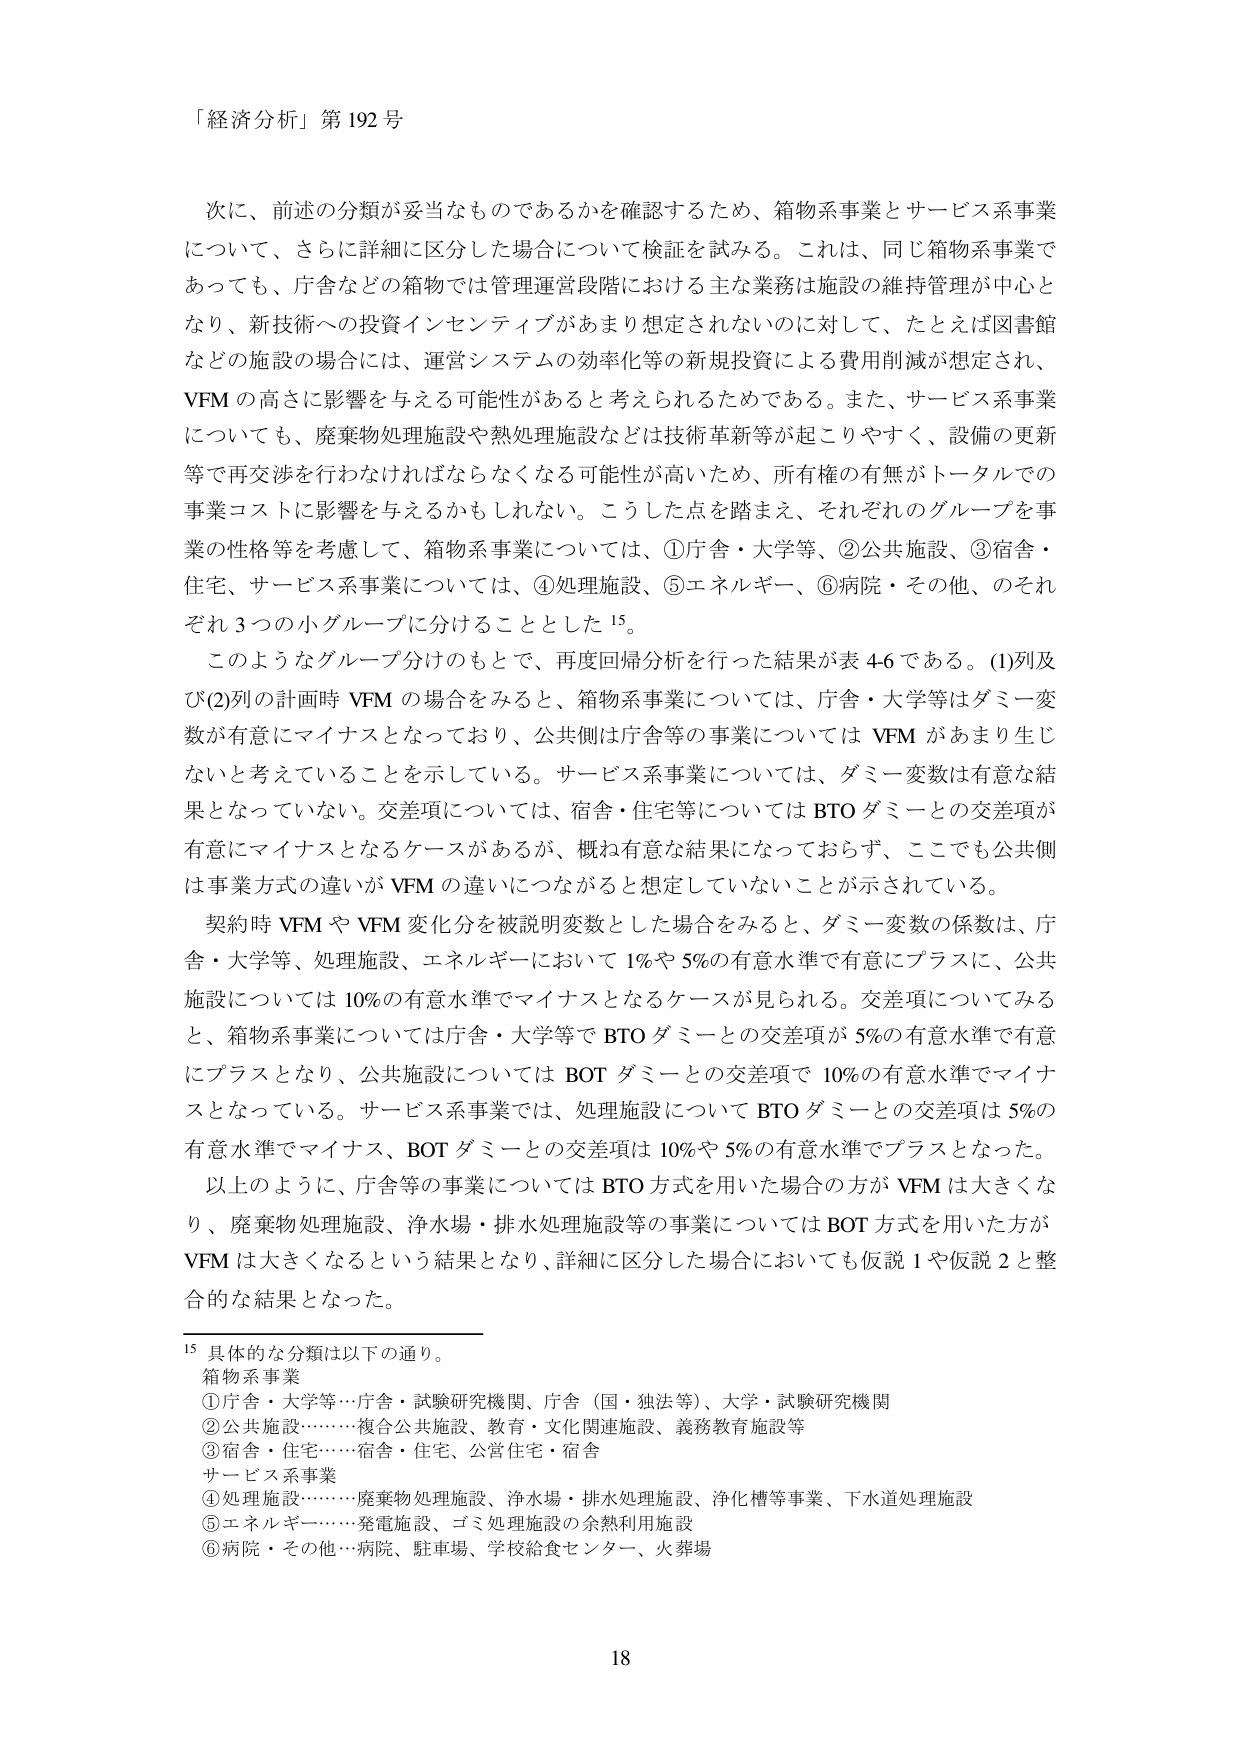
「経済分析」第192号

次に、前述の分類が妥当なものであるかを確認するため、箱物系事業とサービス系事業について、さらに詳細に区分した場合について検証を試みる。これは、同じ箱物系事業であっても、庁舎などの箱物では管理運営段階における主な業務は施設の維持管理が中心となり、新技術への投資インセンティブがあまり想定されないのに対して、たとえば図書館などの施設の場合には、運営システムの効率化等の新規投資による費用削減が想定され、VFMの高さに影響を与える可能性があると考えられるためである。また、サービス系事業についても、廃棄物処理施設や熱処理施設などは技術革新等が起こりやすく、設備の更新等で再交渉を行わなければならないなる可能性が高いため、所有権の有無がトータルでの事業コストに影響を与えるかもしれない。こうした点を踏まえ、それぞれのグループを事業の性格等を考慮して、箱物系事業については、①庁舎・大学等、②公共施設、③宿舎・住宅、サービス系事業については、④処理施設、⑤エネルギー、⑥病院・その他、のそれぞれ3つの小グループに分けることとした¹⁵。

このようなグループ分けのもとで、再度回帰分析を行った結果が表4-6である。(1)列及び(2)列の計画時VFMの場合をみると、箱物系事業については、庁舎・大学等はダミー変数が有意にマイナスとなっており、公共側は庁舎等の事業についてはVFMがあまり生じないと考えていることを示している。サービス系事業については、ダミー変数は有意な結果となっていない。交差項については、宿舎・住宅等についてはBTOダミーとの交差項が有意にマイナスとなるケースがあるが、概ね有意な結果になっておらず、ここでも公共側は事業方式の違いがVFMの違いにつながると想定していないことが示されている。

契約時VFMやVFM変化分を被説明変数とした場合をみると、ダミー変数の係数は、庁舎・大学等、処理施設、エネルギーにおいて1%や5%の有意水準で有意にプラスに、公共施設については10%の有意水準でマイナスとなるケースが見られる。交差項についてみると、箱物系事業については庁舎・大学等でBTOダミーとの交差項が5%の有意水準で有意にプラスとなり、公共施設についてはBOTダミーとの交差項で10%の有意水準でマイナスとなっている。サービス系事業では、処理施設についてBTOダミーとの交差項は5%の有意水準でマイナス、BOTダミーとの交差項は10%や5%の有意水準でプラスとなった。

以上のように、庁舎等の事業についてはBTO方式を用いた場合の方がVFMは大きくなり、廃棄物処理施設、浄水場・排水処理施設等の事業についてはBOT方式を用いた方がVFMは大きくなるという結果となり、詳細に区分した場合においても仮説1や仮説2と整合的な結果となった。

¹⁵ 具体的な分類は以下の通り。
箱物系事業
①庁舎・大学等…庁舎・試験研究機関、庁舎（国・独法等）、大学・試験研究機関
②公共施設……複合公共施設、教育・文化関連施設、義務教育施設等
③宿舎・住宅……宿舎・住宅、公営住宅・宿舎
サービス系事業
④処理施設……廃棄物処理施設、浄水場・排水処理施設、浄化槽等事業、下水道処理施設
⑤エネルギー……発電施設、ゴミ処理施設の余熱利用施設
⑥病院・その他…病院、駐車場、学校給食センター、火葬場

18